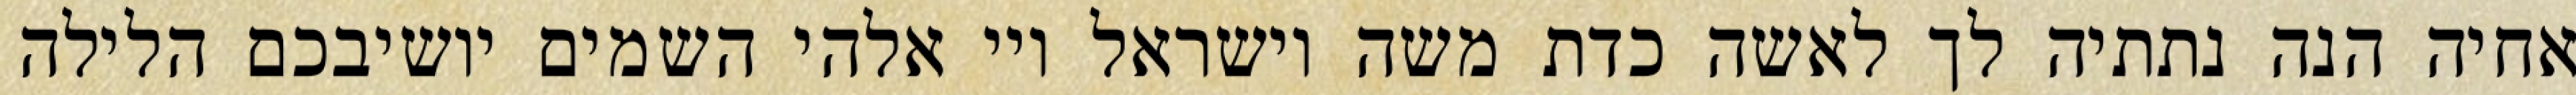
אחיה הנה נתתיה לך לאשה כדת משה וישראל ויי אלהי השמים יושיבכם הלילה